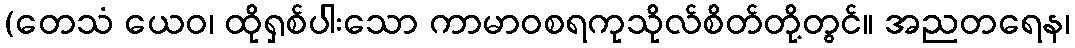
(တေသံ ယေဝ၊ ထိုရှစ်ပါးသော ကာမာဝစရကုသိုလ်စိတ်တို့တွင်။ အညတရေန၊